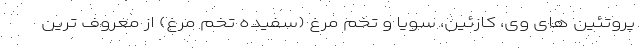
پروتئین های وی، کازئین، سویا و تخم مرغ (سفیده تخم مرغ) از معروف ترین